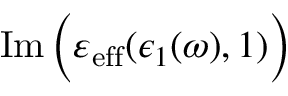
\operatorname { I m } \Big ( \varepsilon _ { \mathrm { e f f } } ( \epsilon _ { 1 } ( \omega ) , 1 ) \Big )